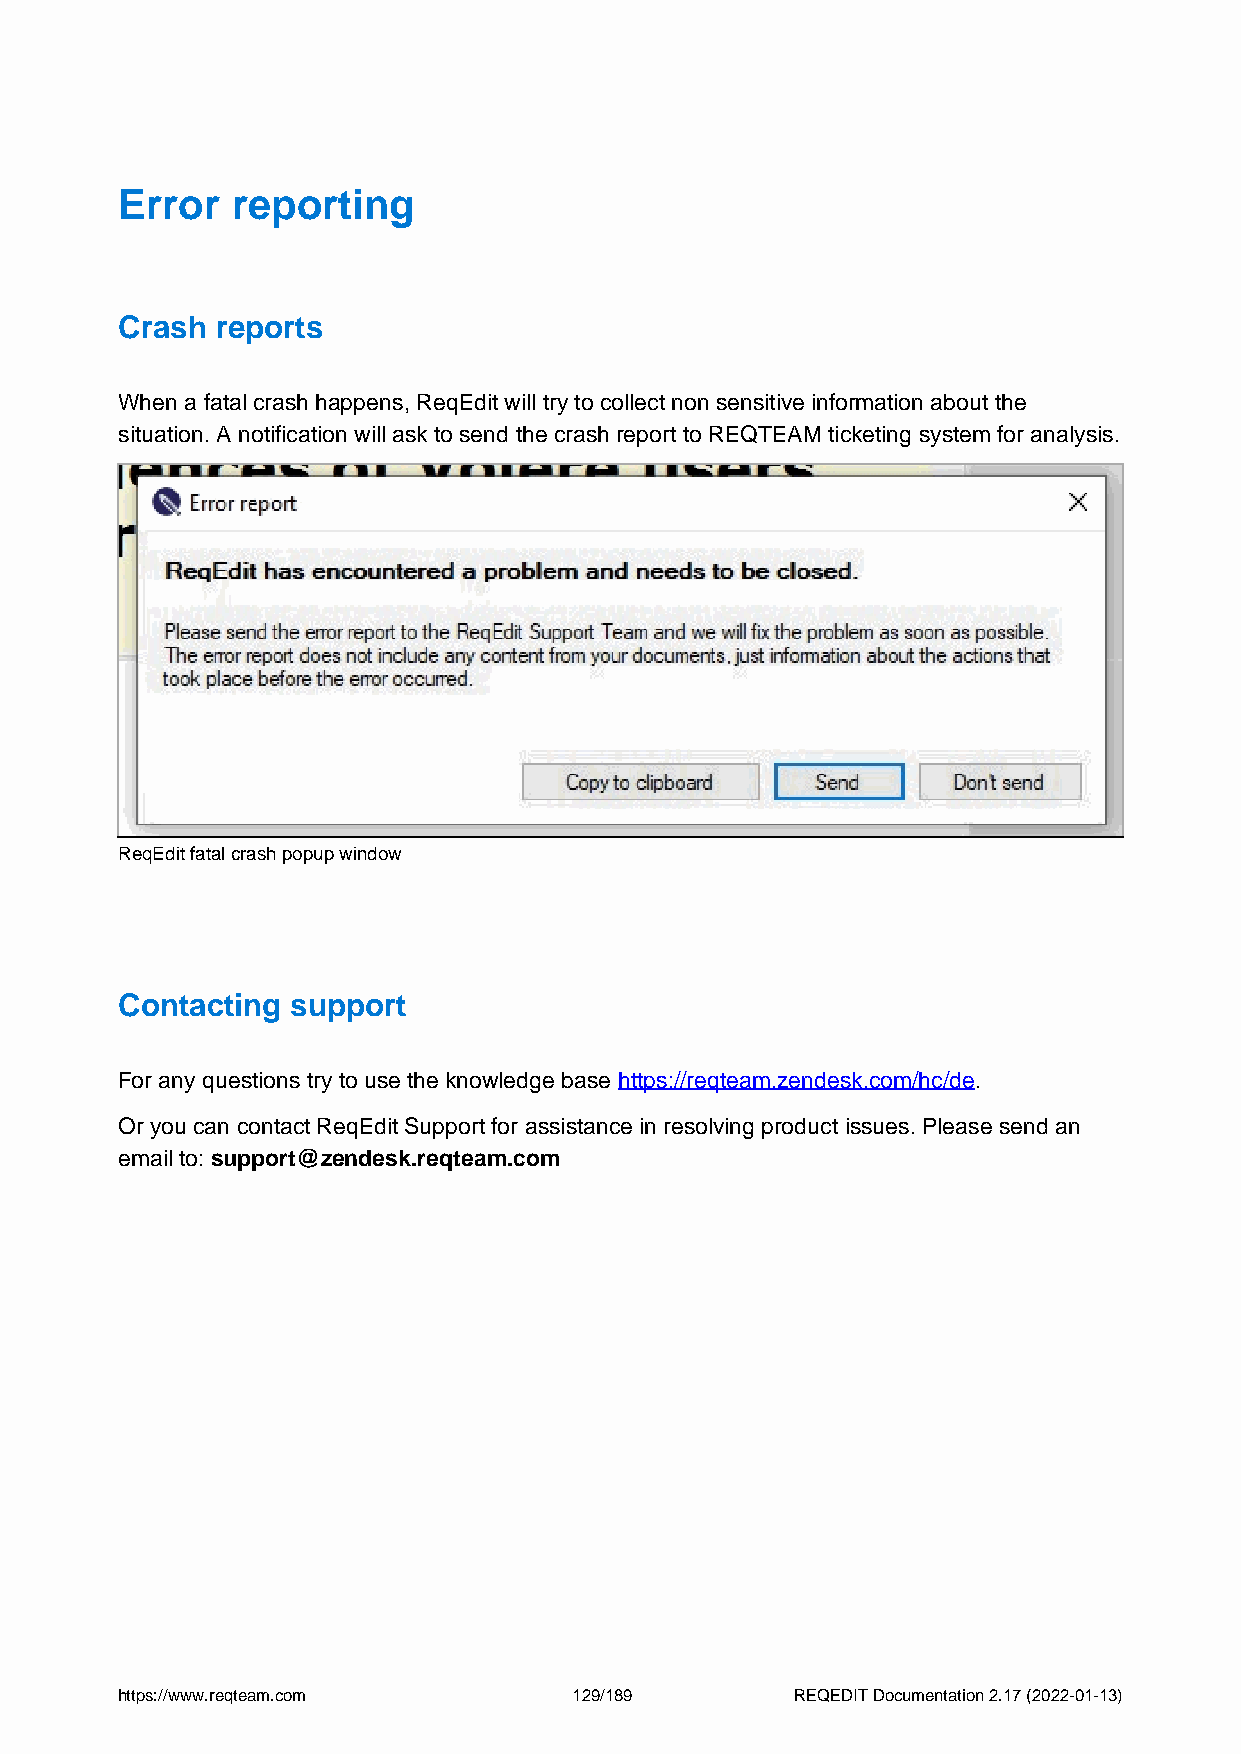
Error  reporting
 Crash reports
 When a fatal crash happens, ReqEdit will try to collect non sensitive information about the
 situation. A notification will ask to send the crash report to REQTEAM ticketing system for analysis.
 ReqEdit fatal crash popup window
 Contacting support
 For any questions try to use the knowledge base https://reqteam.zendesk.com/hc/de.
 Or you can contact ReqEdit Support for assistance in resolving product issues. Please send an
 email to: support@zendesk.reqteam.com
 https://www.reqteam.com       129/189        REQEDIT Documentation 2.17 (2022-01-13)